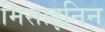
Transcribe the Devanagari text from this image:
मिसाइनिन